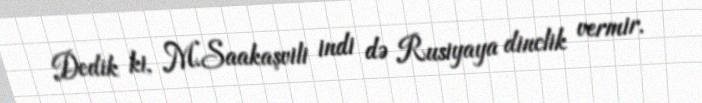
Dedik ki, M.Saakaşvili indi də Rusiyaya dinclik vermir.